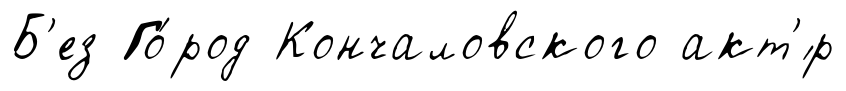
Б'ез Го́род Кончаловского акт'́р